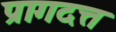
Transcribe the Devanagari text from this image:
प्रागदत्त